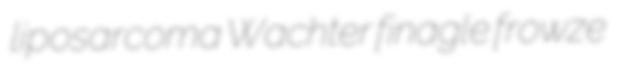
liposarcoma Wachter finagle frowze